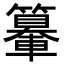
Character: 𨏉